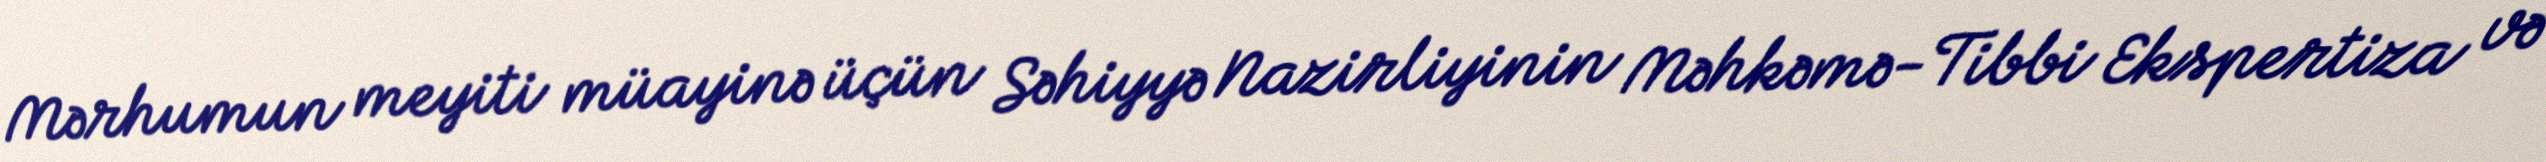
Mərhumun meyiti müayinə üçün Səhiyyə Nazirliyinin Məhkəmə-Tibbi Ekspertiza və